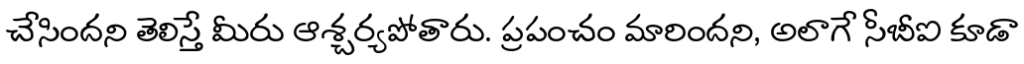
చేసిందని తెలిస్తే మీరు ఆశ్చర్యపోతారు. ప్రపంచం మారిందని, అలాగే సీబీఐ కూడా